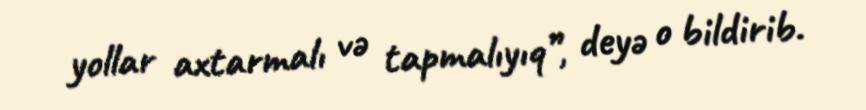
yollar axtarmalı və tapmalıyıq”, deyə o bildirib.